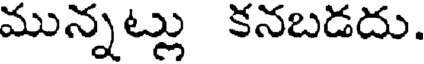
మున్నట్లు కనబడదు.